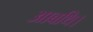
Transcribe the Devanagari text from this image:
आबथि।